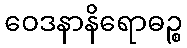
ဝေဒနာနိရောဓဉ္စ